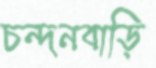
চন্দনবাড়ি